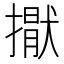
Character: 㩎